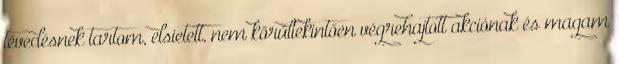
tévedésnek tartom, elsietett, nem körültekintően végrehajtott akciónak és magam